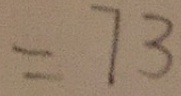
= 7 3